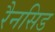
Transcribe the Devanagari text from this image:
रैनसिड